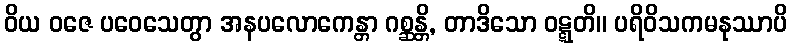
ဝိယ ဝဇေ ပဝေသေတွာ အနပလောကေန္တာ ဂစ္ဆန္တိ, တာဒိသော ဝဋ္ဋတိ။ ပရိဝိသကမနုဿာပိ